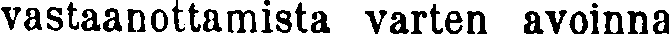
vastaanottamista varten avoinna